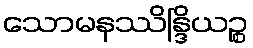
သောမနဿိန္ဒြိယဉ္စ